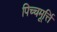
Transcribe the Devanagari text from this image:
पिच्चमूर्त्ति